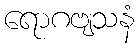
ရောဂဗျသနံ